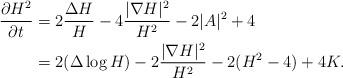
LaTeX: \begin{align*}\frac{\partial H^2}{\partial t}&=2\frac{\Delta H}{H}-4\frac{|\nabla H|^2}{H^2}-2|A|^2+4\\ &=2(\Delta \log H)-2\frac{|\nabla H|^2}{H^2}-2(H^2-4)+4K.\end{align*}